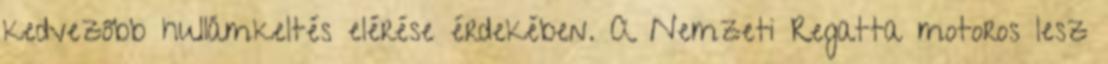
kedvezőbb hullámkeltés elérése érdekében. A Nemzeti Regatta motoros lesz